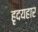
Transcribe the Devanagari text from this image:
हृदयहार